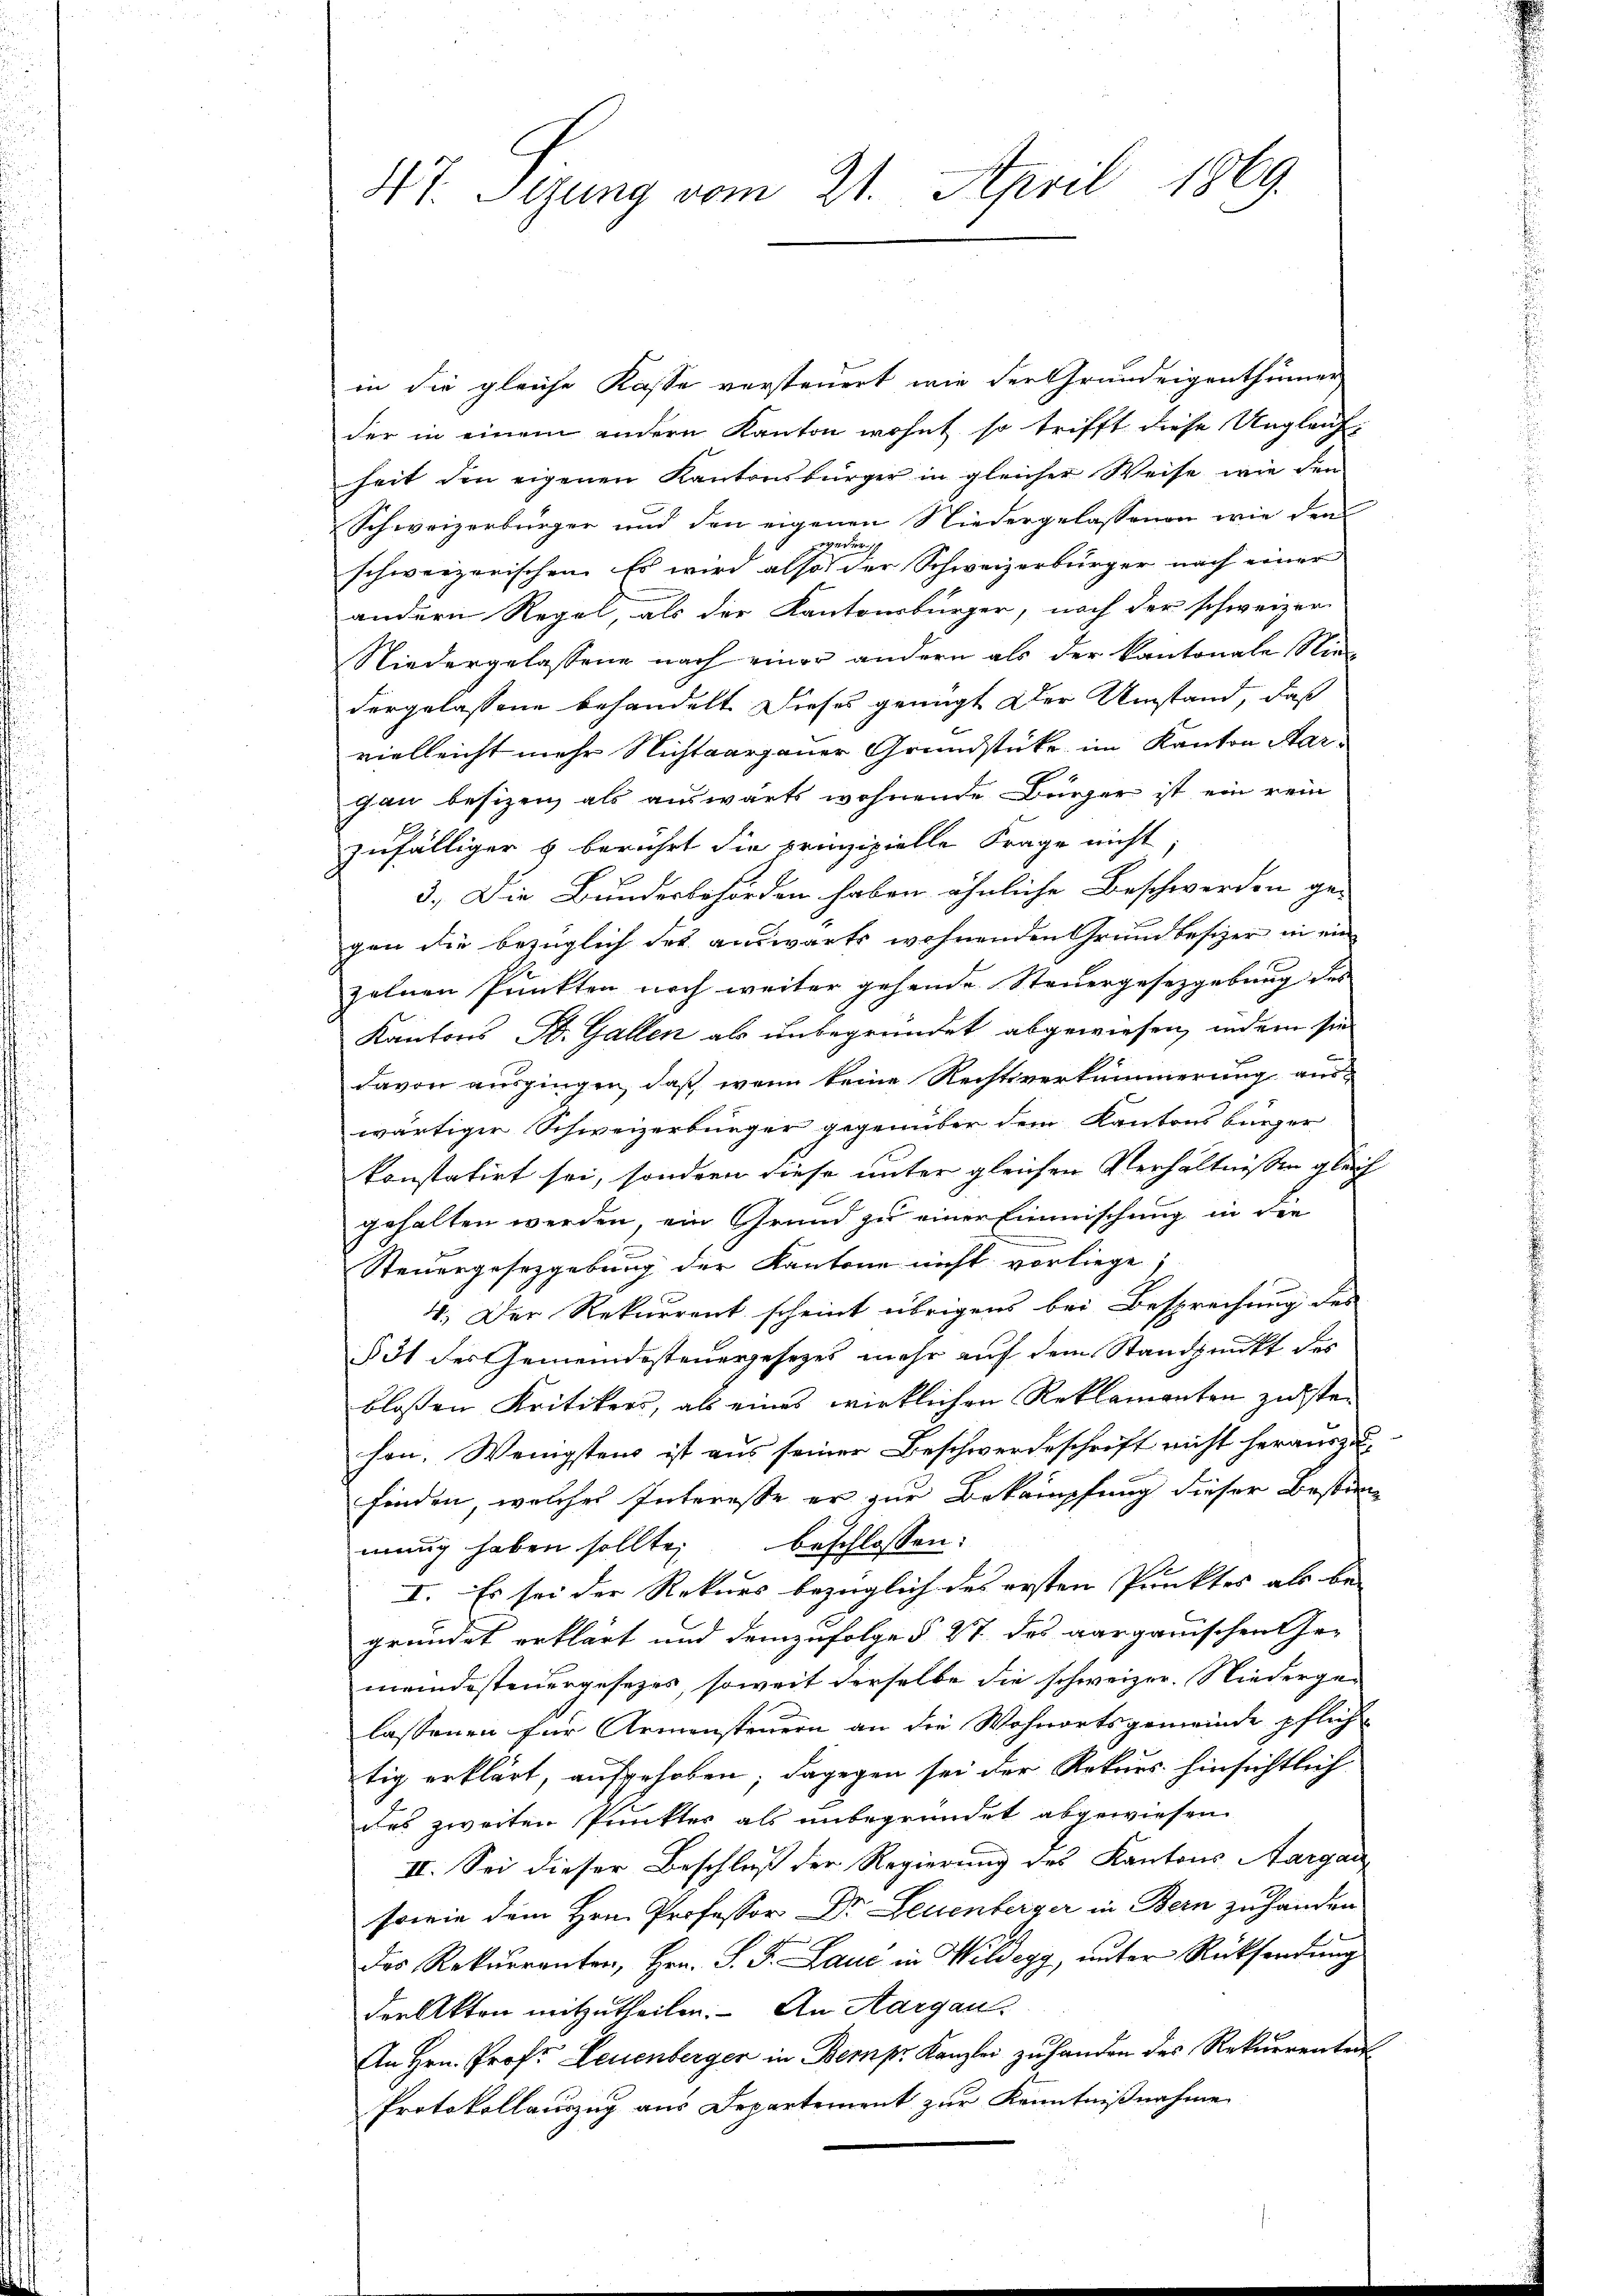
in die gleiche Kasse versteuert wie der Grundeigenthümer
der in einem andern Kanton wohnt so trifft diese Ungleichheit den eigenen Kantonsbürger in gleicher Weise, wie den
Schweizerbürger und den eigenen Niedergelassenen wie den
weder
schweizerischen. Es wird also der Schweizerbürger nach einer
andern Regel, als der Kantonsbürger, nach der schweizer
Niedergelassene nach einer andern als der Kantonale Niedergelassene behandelt dieses genügt der Umstand, daß
vielleicht mehr Nichtaargauer Grundstücke im Kanton Aargau besizen als auswärts wohnende Bürger ist ein rein
zufälliger & berührt die prinzipielle Frage nicht
3.) Die Bundesbehörden haben ähnliche Beschwerden ge-
gen die bezüglich des auswärts wohnenden Grundbesizer in ein
zelnen Punkten noch weiter gehende Steuergesetzgebung des
Kantons B. Gallen als unbegründet abgewiesen, indem sie
davon ausgingen, daß wenn keine Rechtsverkammerung aus-
wärtiger Schweizerbürger gegenüber dem Kantonsbürger
konstatirt sei, sondern diese unter gleichen Verhältnissen gleich
gehalten werden, ein Grund zu einer Einmischung in die
.
Steuergesetzgebung der Kantone nicht vorliege;
4. Der Rekurrent scheint übrigens bei Besprechung des
§ 31 der Gemeindesteuergesezes mehr auf dem Standpunkt des
blossen Kritikers, als eines wirklichen Reklamanten zusten
hon. Wenigstens ist aus seiner Beschwerdeschrift nicht heraus- u
finden, welches Interesse er zur Bekämpfung dieser Bestimmung haben sollte, beschlossen:
I. Es sei der Rekurs bezüglich des ersten Punktes als be- |
gründet erklärt und demzufolge § 27 des aargauischen Ge-
meindesteuergesezes, soweit derselbe die schweizer. Niederge-
lassenen für Armensteuern an die Wohnortsgemeinde pflich
tig erklärt, aufgehoben; dagegen sei der Rekurs hinsichtlich
des zweiten Punktes als unbegründet abgewiesen.
II. Sei dieser Beschluß der Regierung des Kantons Aargau
sowie dem Hrn. Professor Dr. Leuenberger in Bern zu handen
des Rekŭrranten, Hrn. S. J. Laue in Wildegg, ŭnter Rücksendŭng
den Akten mitzutheilen. An Aargau,
An Hrn. Prof. Leuenberger in Bemp. Kanzlei zu handen des Rekurrenten
Protokollauszug aus Departement zur Kenntnißnahme

47. Sigung vom 21. April 1869.